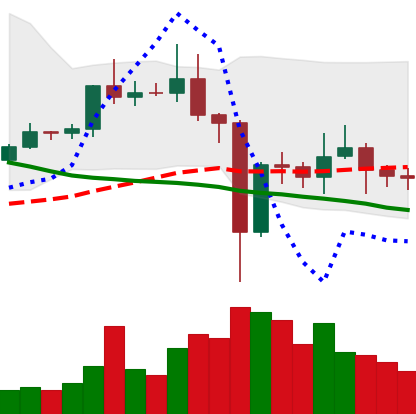
Ticker: EOS-USD
Chart end date: 2020-12-31
Forward return: 11.541%
Label: up_7plus